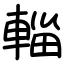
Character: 輜